Lunatic asylums in Bengal annual reports 1899-1911 - 1899-1911
Year: 1899
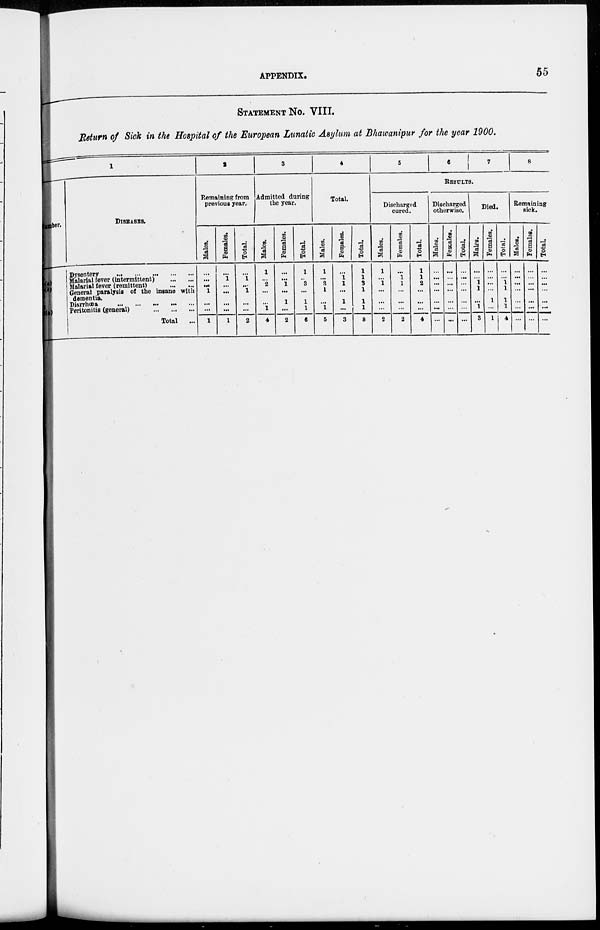
APPENDIX.
55
STATEMENT No. VIII.
Return of Sick in the Hospital of the European Lunatic Asylum at Bhawanipur for the year 1900.
1
ber.
DISEASES.
Dysentery
...
...
...
...
...
Malarial fever (intermittent)
...
...
Malarial fever (remittent)
...
...
General paralysis of the insane with
dementia.
Diarrhœa
...
...
...
...
...
Peritonitis (general)
...
...
...
Total
...
3
Remaining from
previous year.
Males.
...
...
...
1
...
...
1
Females.
...
1
...
...
...
...
1
Total.
...
1
...
1
...
...
2
3
Admitted during
the year.
Males.
1
...
2
...
...
1
4
Females.
...
...
1
...
1
...
2
Total.
1
..
3
...
1
1
6
4
Total.
Males.
1
...
2
1
...
1
5
Females.
...
1
1
...
1
...
3
Total.
1
1
3
1
1
1
8
5
6
7
8
RESULTS.
Discharged
cured
Males.
1
...
1
...
...
...
2
Females.
...
1
1
...
...
...
2
Total.
1
1
2
...
...
...
4
Discharged
otherwise.
Males.
...
...
...
...
...
...
...
Females.
...
...
...
...
...
...
...
Total.
...
...
...
...
...
...
Died.
Males.
...
...
1
1
...
1
3
Females.
...
...
...
...
1
...
1
Total.
...
...
1
1
1
1
4
Remaining
sick.
Males.
...
...
...
...
...
...
...
Females.
...
...
...
...
...
...
...
Total.
...
...
...
...
...
...
...